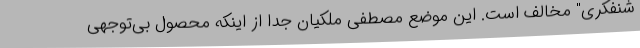
شنفکری" مخالف است. این موضع مصطفی ملکیان جدا از اینکه محصول بی‌توجهی